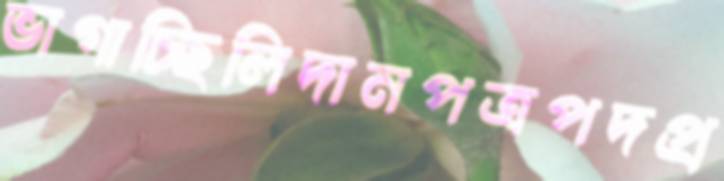
ভাগাচ্ছিলিদানপত্রপদপ্র